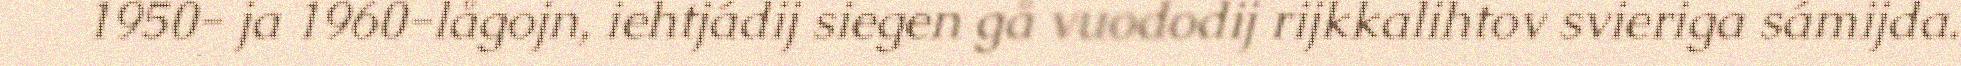
1950- ja 1960-lågojn, iehtjádij siegen gå vuododij rijkkalihtov svieriga sámijda.